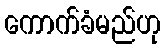
ကောက်ခံမည်ဟု